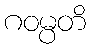
ဂဝမ္ပတိ